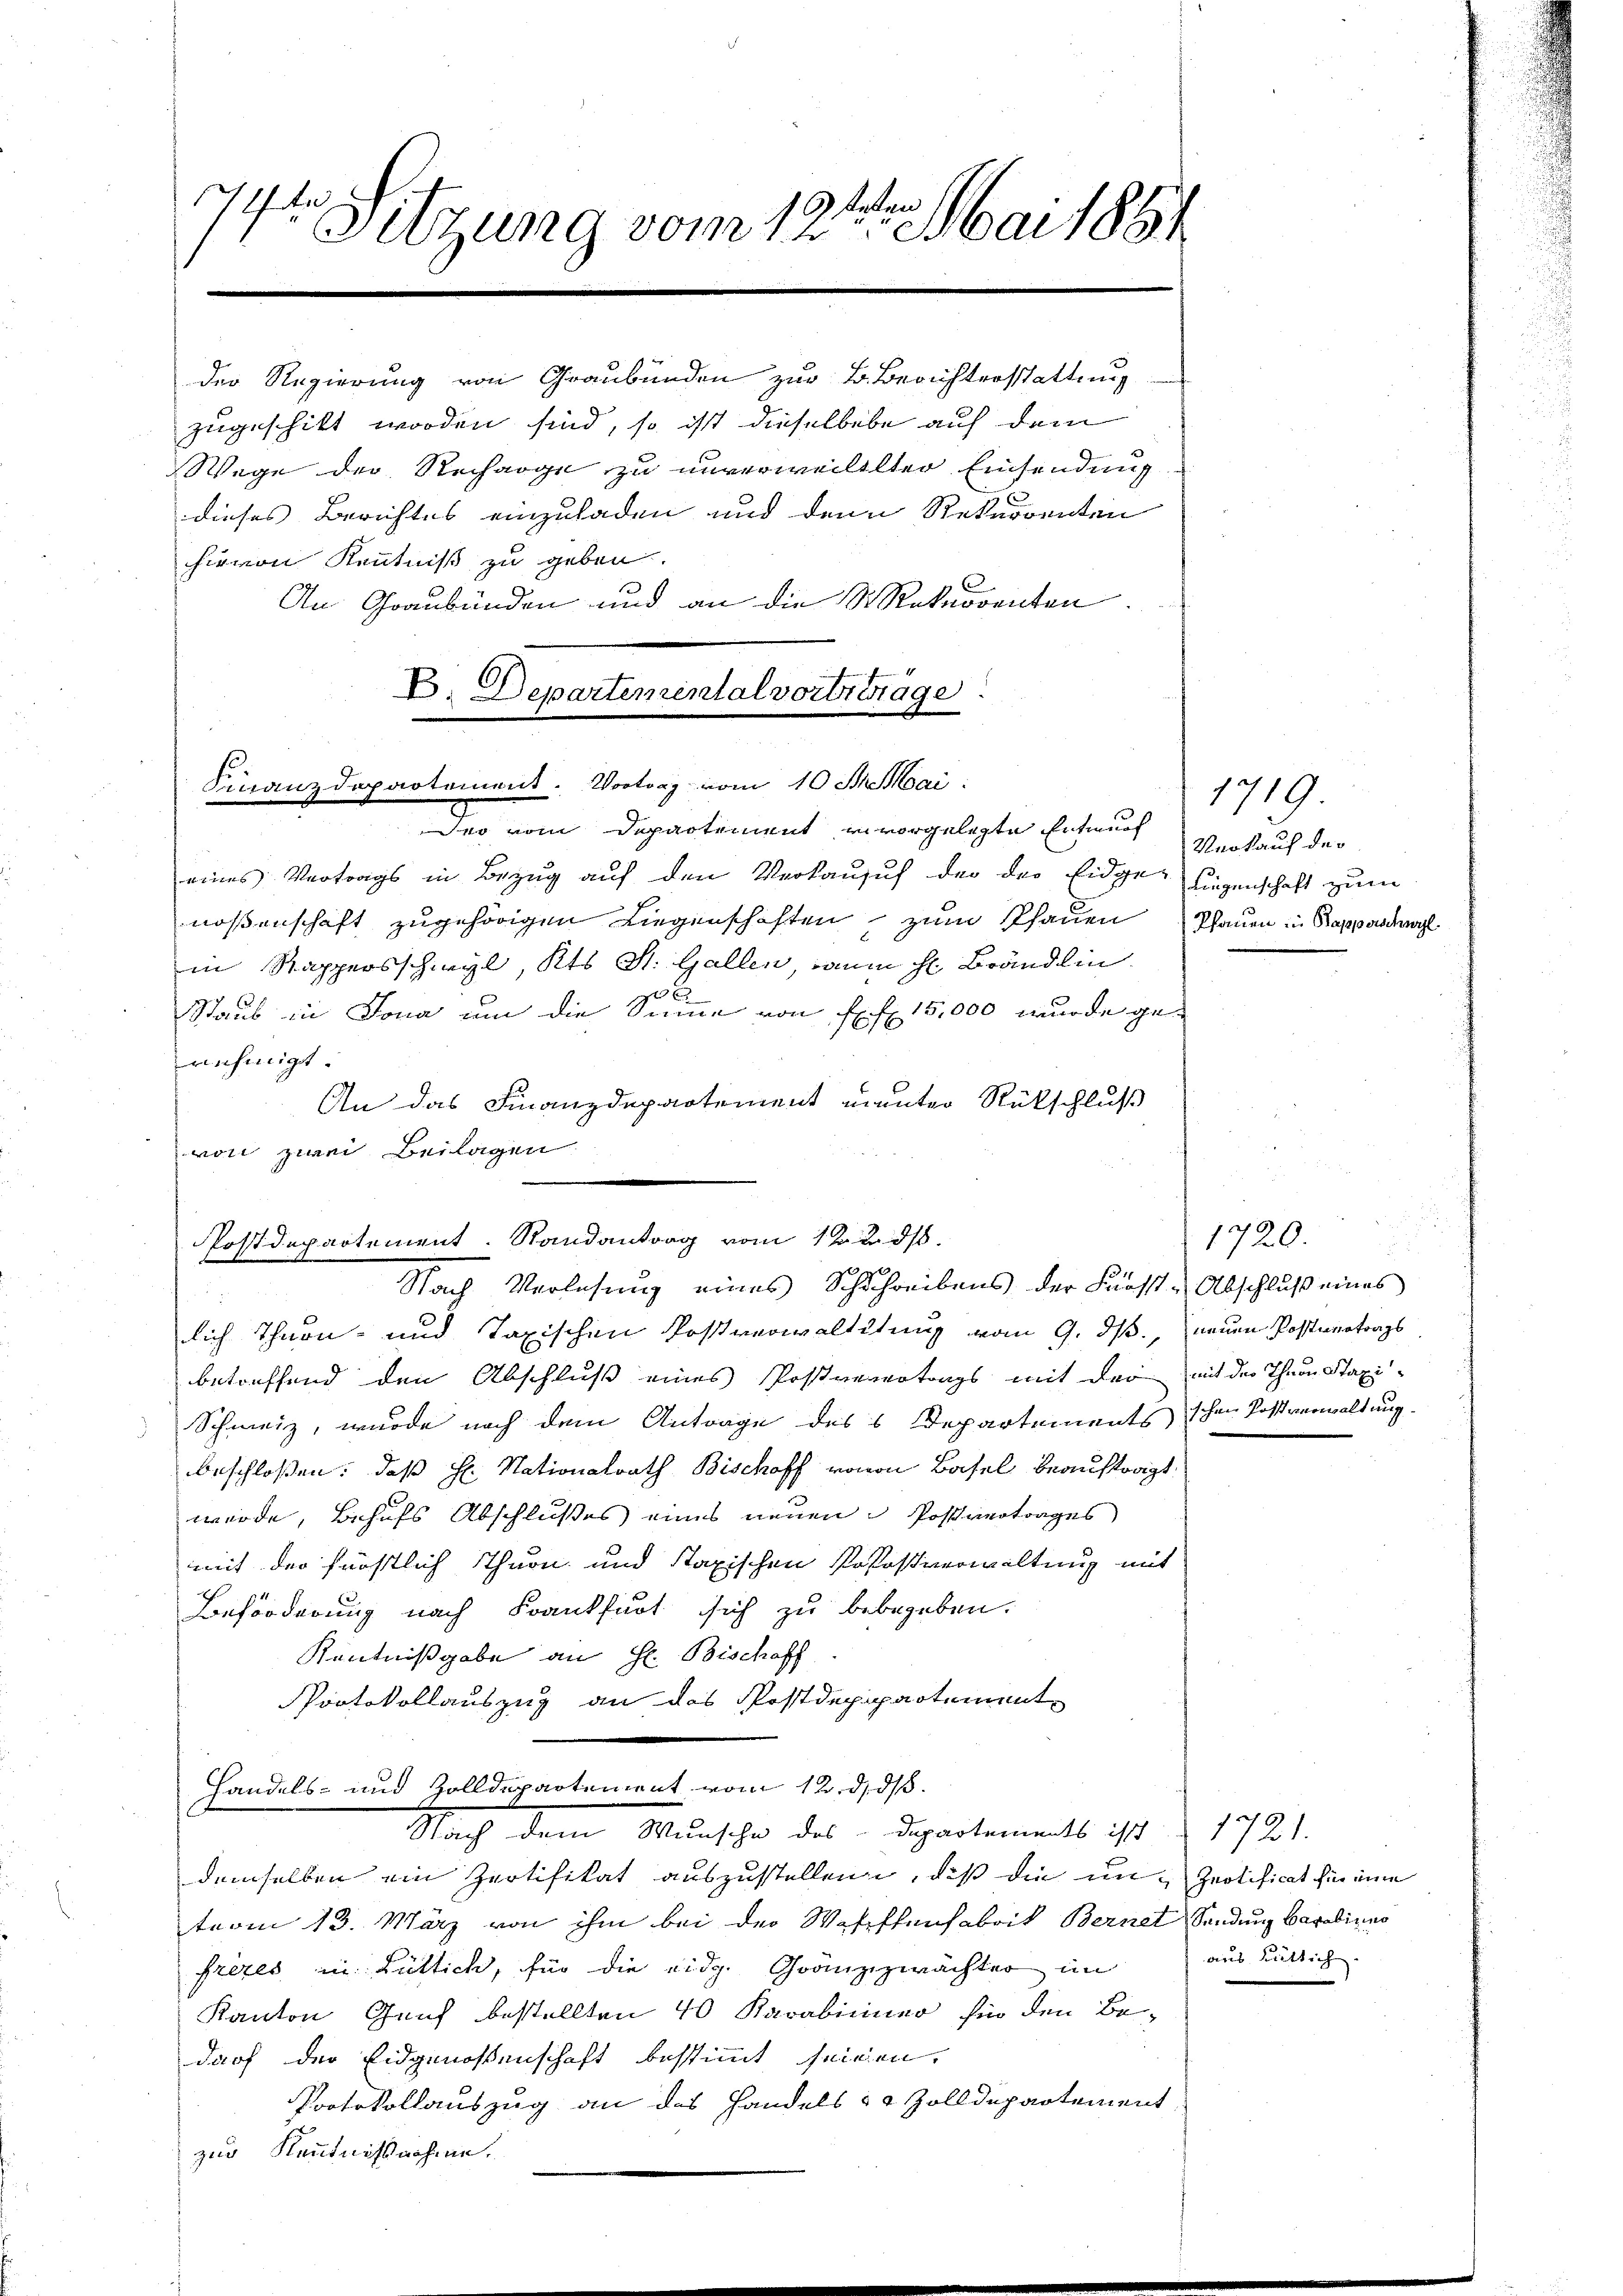
71 de
Sitzung vom 12ten Mai 1891
.

der Regierung von Graubünden zur B. Berichterstattung
zugeschikt worden sind, so ist dieselbebe auf dem
Wege der Recharge zu unverweiletter Einsendung
dieses Berichtes einzuladen und denn Rekurrenten
hievon Kenntniß zu geben.
An Graubünden und an die Rekurrenten.

Deo vom Departement in vorgelegte Entwurf Verkauf der
eines Vertrags in Bezug auf den Verkauff der der Eidge liegenschaft zum
noßenschaft zugehörigen Liegenschaften zum Pfauen
in Rappersschwyl, Kts. St. Gallen, raum hl. Brändlin.

Staub in Jona um die Summe von fl. 15,000 wurde genehmigt.
An das Finanzdepartement munter Rückschluß
von zwei Beilagen

E. Departemental vortertrage
Finanzdepartement. Vortrag vom 10 Fr. Mai

lich Thurn und Taxischen Postverwaltitung vom 9. ds., neuen Postvertrags
betreffend den Abschluß eines Postverertrags mit der mit der Thee Staxi¬
Schweiz, wurde nach dem Antrage des 6 Departements schen Postverwaltung.
beschlossen: daß H. Nationalrath Bischoff vomon Basel beauftragt.
werde, Behufs Abschlußes eines neuen Postvertrages
mit der fröstlich Thurn und staxischen Pososverwaltung mit
Beförderung nach Frankfurt sich zu bebegeben.
Kenntnißgabe an H. Bischaff
Portokollauszug an das Postdepipartement
Handels- und Zolldepartement vom 12. d. d.
Nach dem Wunsche des Departements ist 1721.
demselben ein Zertifikat auszustellen, daß die un- Pertificat für eine
trom 13. März von ihm bei der Waschtanfabrik Bernet Sendung Carolinius
Frezes in Lüttich, für die eidg. Gränzzwächter im
Kanton Genf bestellten 40 Karabiner fin den Be-
darf der Eidgenossenschaft bestimmt seinen.
Protokollauszug an das Handels 12 Zolldepartement
zur Kenntnißnahme.

Postdepartement. Randantrag vom 12. ds.
Nach Verlesung eines Schuchreibens der Fürst-Abschluß eines

1919.
Pfauen in Rapperschul

20
1720.

aus Rüttich